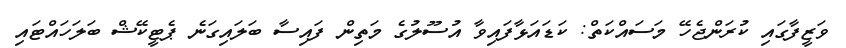
ވަޒީފާގައި ކުރަންޖެހޭ މަސައްކަތް: ކަޑައަޅާފައިވާ އުސޫލުގެ މަތިން ފައިސާ ބަލައިގަނެ ޕެޓީކޭޝް ބަލަހައްޓައި